system: You are a helpful assistant.
user:
Analyze the provided spectrum to determine if it is a **M-type Giant (gM)**.

A M-type Giant spectrum is defined by its **strong molecular absorption** features, particularly from **Titanium Oxide (TiO)**. You must check for one of the following mutually exclusive signatures:

- **Key Visual Indicators (Absorption-Dominated Spectrum):**

    - **(Primary):** The spectrum is dominated by strong molecular absorption from **Titanium Oxide (TiO)**. This is the **defining feature** of its M-type temperature class.
        - **(Key Bandheads):** Look for sharp, "saw-tooth" absorption valleys. The strongest are located near **~7050 Å**, **~6160 Å**, and **~5170 Å**.
        - **(Line Profile):** The "saw-tooth" morphology is critical: a **sharp, steep drop on the BLUE (short-wavelength) side** of the bandhead, followed by a gradual recovery (rising flux) towards the RED (long-wavelength) side.

    - **(Key Confirmation - Giant vs. Dwarf):** **ABSENCE** of strong **Calcium Hydride (CaH)** molecular bands. This is the primary diagnostic for *excluding* M-dwarfs.
        - **(Key Region):** The spectrum should lack the strong, broad absorption band seen in dwarfs between **~6800 Å and ~7000 Å**.

    - **(Secondary Confirmation - Giant):** A very strong and broad **Neutral Calcium (Ca I)** atomic absorption line.
        - **(Key Line):** Located at **~4226 Å**. In a giant (gM), this line is significantly deeper and broader than the same line in an M-dwarf (dM) due to low surface gravity.

    - **(Overall Spectrum):**
        - The continuum is **extremely red-sloping** (i.e., flux is very low in the blue and rises dramatically towards the red).
        - The entire spectrum appears "chopped up" by the deep TiO bands.

Think first, call **spectral_visualization_tool** if needed to examine features in detail, then provide your final answer. Your response must adhere to the following strict rules:
1.  **Overall Structure:** Your response must follow the format `<think>...</think> <tool_call>...</tool_call> (if a tool is used) <answer>...</answer>`.
2.  **Tool Usage Constraint:** You may only make **one** tool call per turn.
3.  **Final Answer Format:** In the `<answer>` tag, your conclusion must be inside a `\boxed{}` command (e.g., `\boxed{YES}` or `\boxed{NO}`), followed by your justification.

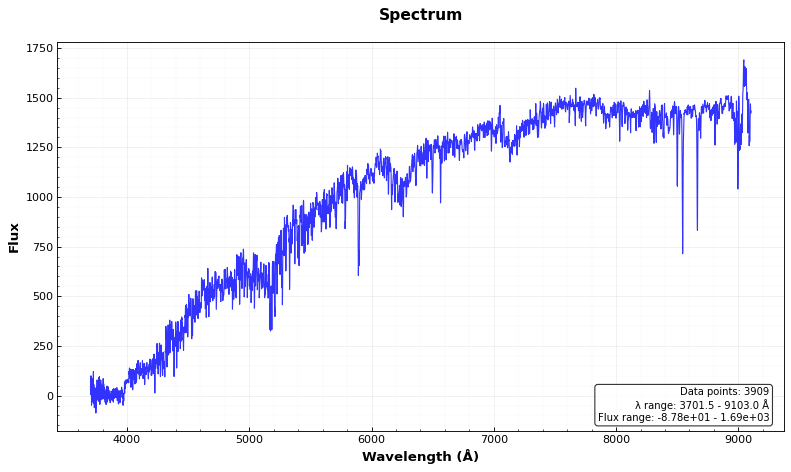
Answer: YES